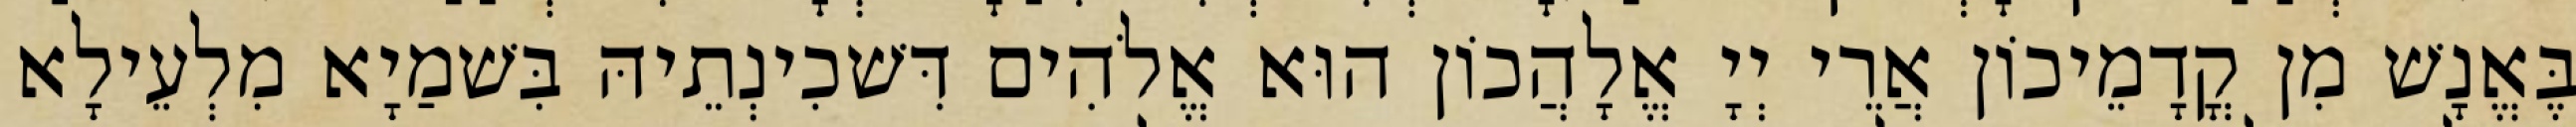
בֶּאֱנָשׁ מִן קֳדָמֵיכוֹן אֲרֵי יְיָ אֱלָהֲכוֹן הוּא אֱלֹהִים דִּשׁכִינְתֵיהּ בִּשׁמַיָא מִלְעֵילָא